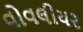
વોવલીયર